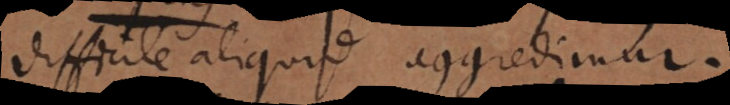
difficile aliquid aggredimur.